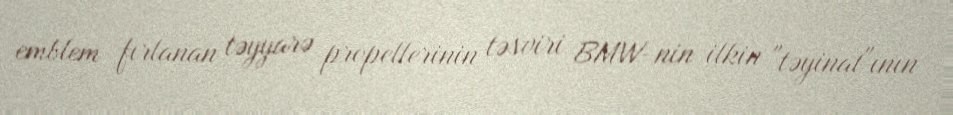
emblem fırlanan təyyarə propellerinin təsviri BMW-nin ilkin "təyinat"ının